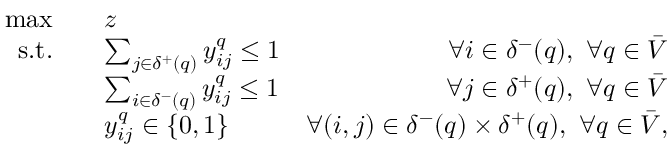
\begin{array} { r l r } { \operatorname* { m a x } \quad } & { z } \\ { \mathrm { s . t . } \quad } & { \sum _ { j \in \delta ^ { + } ( q ) } y _ { i j } ^ { q } \le 1 } & { \forall i \in \delta ^ { - } ( q ) , ~ \forall q \in \bar { V } } \\ & { \sum _ { i \in \delta ^ { - } ( q ) } y _ { i j } ^ { q } \le 1 } & { \forall j \in \delta ^ { + } ( q ) , ~ \forall q \in \bar { V } } \\ & { y _ { i j } ^ { q } \in \{ 0 , 1 \} } & { \forall ( i , j ) \in \delta ^ { - } ( q ) \times \delta ^ { + } ( q ) , ~ \forall q \in \bar { V } , } \end{array}